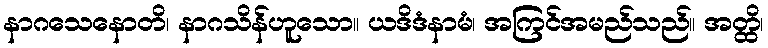
နာဂသေနောတိ၊ နာဂသိန်ဟူသော။ ယဒိဒံနာမံ၊ အကြင်အမည်သည်။ အတ္ထိ၊